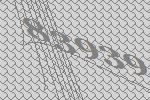
83939